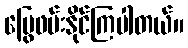
မြွေဖမ်းနိုင်ကြပါတယ်။